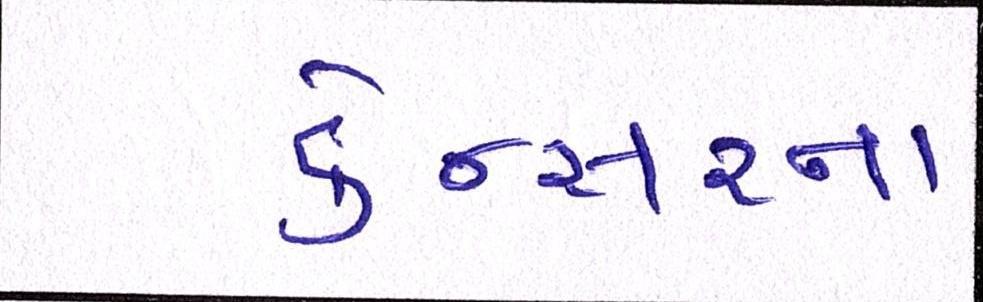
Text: કેન્સરના